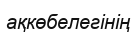
ақкөбелегінің